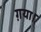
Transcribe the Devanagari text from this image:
ग़या।